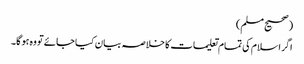
(صحیح مسلم)
اگر اسلام کی تمام تعلیمات کا خلاصہ بیان کیا جائے تو وہ ہو گا۔